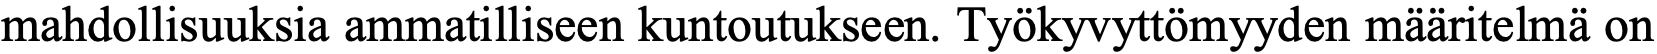
mahdollisuuksia ammatilliseen kuntoutukseen. Työkyvyttömyyden määritelmä on